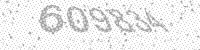
Solution: 609834